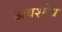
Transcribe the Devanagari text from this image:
अवश्मेध